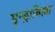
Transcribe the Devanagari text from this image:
मुन्ड्राबिल्ला